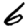
Digit: 6